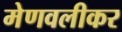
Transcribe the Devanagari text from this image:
मेणवलीकर